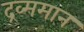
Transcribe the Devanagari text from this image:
द्रव्ममान